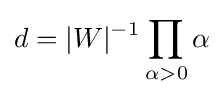
d=|W|^{-1}\prod _{\alpha >0}\alpha